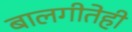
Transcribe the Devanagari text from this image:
बालगीतेही